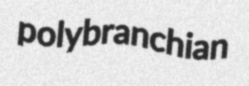
polybranchian